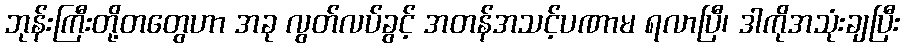
ဘုန်းကြီးတို့တတွေဟာ အခု လွတ်လပ်ခွင့် အတန်အသင့်ပဏာမ ရလာပြီ၊ ဒါကိုအသုံးချပြီး